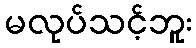
မလုပ်သင့်ဘူး